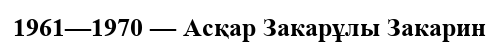
1961—1970 — Асқар Закарұлы Закарин